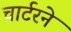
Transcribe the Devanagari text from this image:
चार्टरने